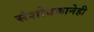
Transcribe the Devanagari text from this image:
संशोधकानेही